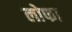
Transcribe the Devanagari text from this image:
लोफा